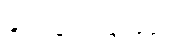
ခွင့်လွှတ်ခြင်းနှင့်